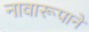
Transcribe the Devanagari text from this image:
नावारूपाने